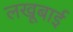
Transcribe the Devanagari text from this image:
लखूबाई